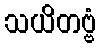
သယိတဗ္ဗံ